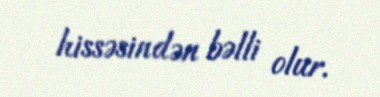
hissəsindən bəlli olur.